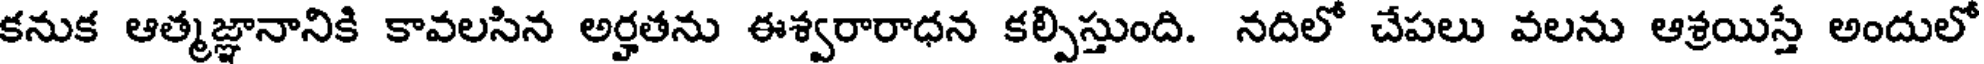
కనుక ఆత్మజ్ఞానానికి కావలసిన అర్హతను ఈశ్వరారాధన కల్పిస్తుంది. నదిలో చేపలు వలను ఆశ్రయిస్తే అందులో